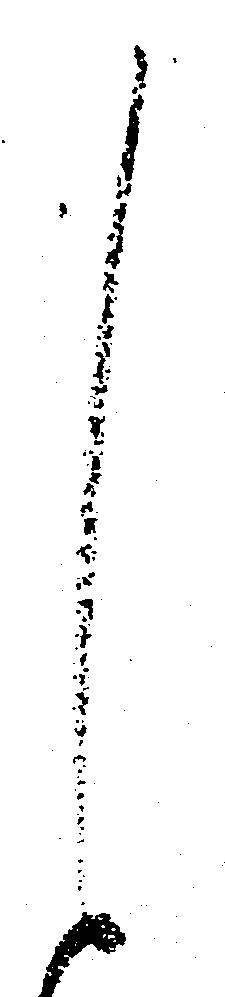
し